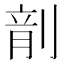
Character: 𪟍